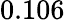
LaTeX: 0.106